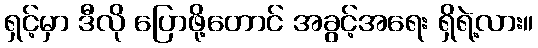
ရှင့်မှာ ဒီလို ပြောဖို့တောင် အခွင့်အရေး ရှိရဲ့လား။